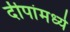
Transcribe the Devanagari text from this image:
दीपांमध्ये